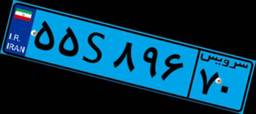
۹۰S۹۳۴۷۸